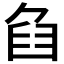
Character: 𦥢